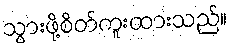
သွားဖို့စိတ်ကူးထားသည်။